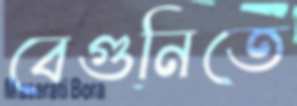
বেগুনিতে